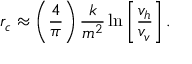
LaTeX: r _ { c } \approx \left( \frac { 4 } { \pi } \right) \frac { k } { m ^ { 2 } } \ln \left[ \frac { v _ { h } } { v _ { v } } \right] .